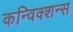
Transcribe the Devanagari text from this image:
कन्विक्शन्स